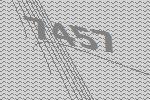
7457